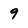
Character: 9